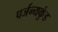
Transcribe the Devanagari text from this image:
पर्जन्यकुंड